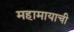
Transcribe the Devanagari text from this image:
महामायाची